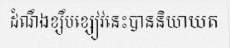
ដំណឹងខ្សឹបខ្សៀវនេះបាននិយាយត